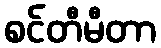
စင်တီမီတာ